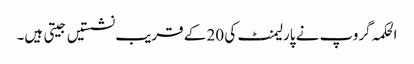
الحکمہ گروپ نے پارلیمنٹ کی 20 کے قریب نشستیں جیتی ہیں۔